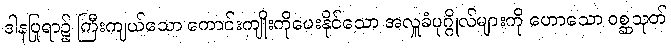
ဒါနပြုရာ၌ ကြီးကျယ်သော ကောင်းကျိုးကိုပေးနိုင်သော အလှူခံပုဂ္ဂိုလ်များကို ဟောသော ဝစ္ဆသုတ်